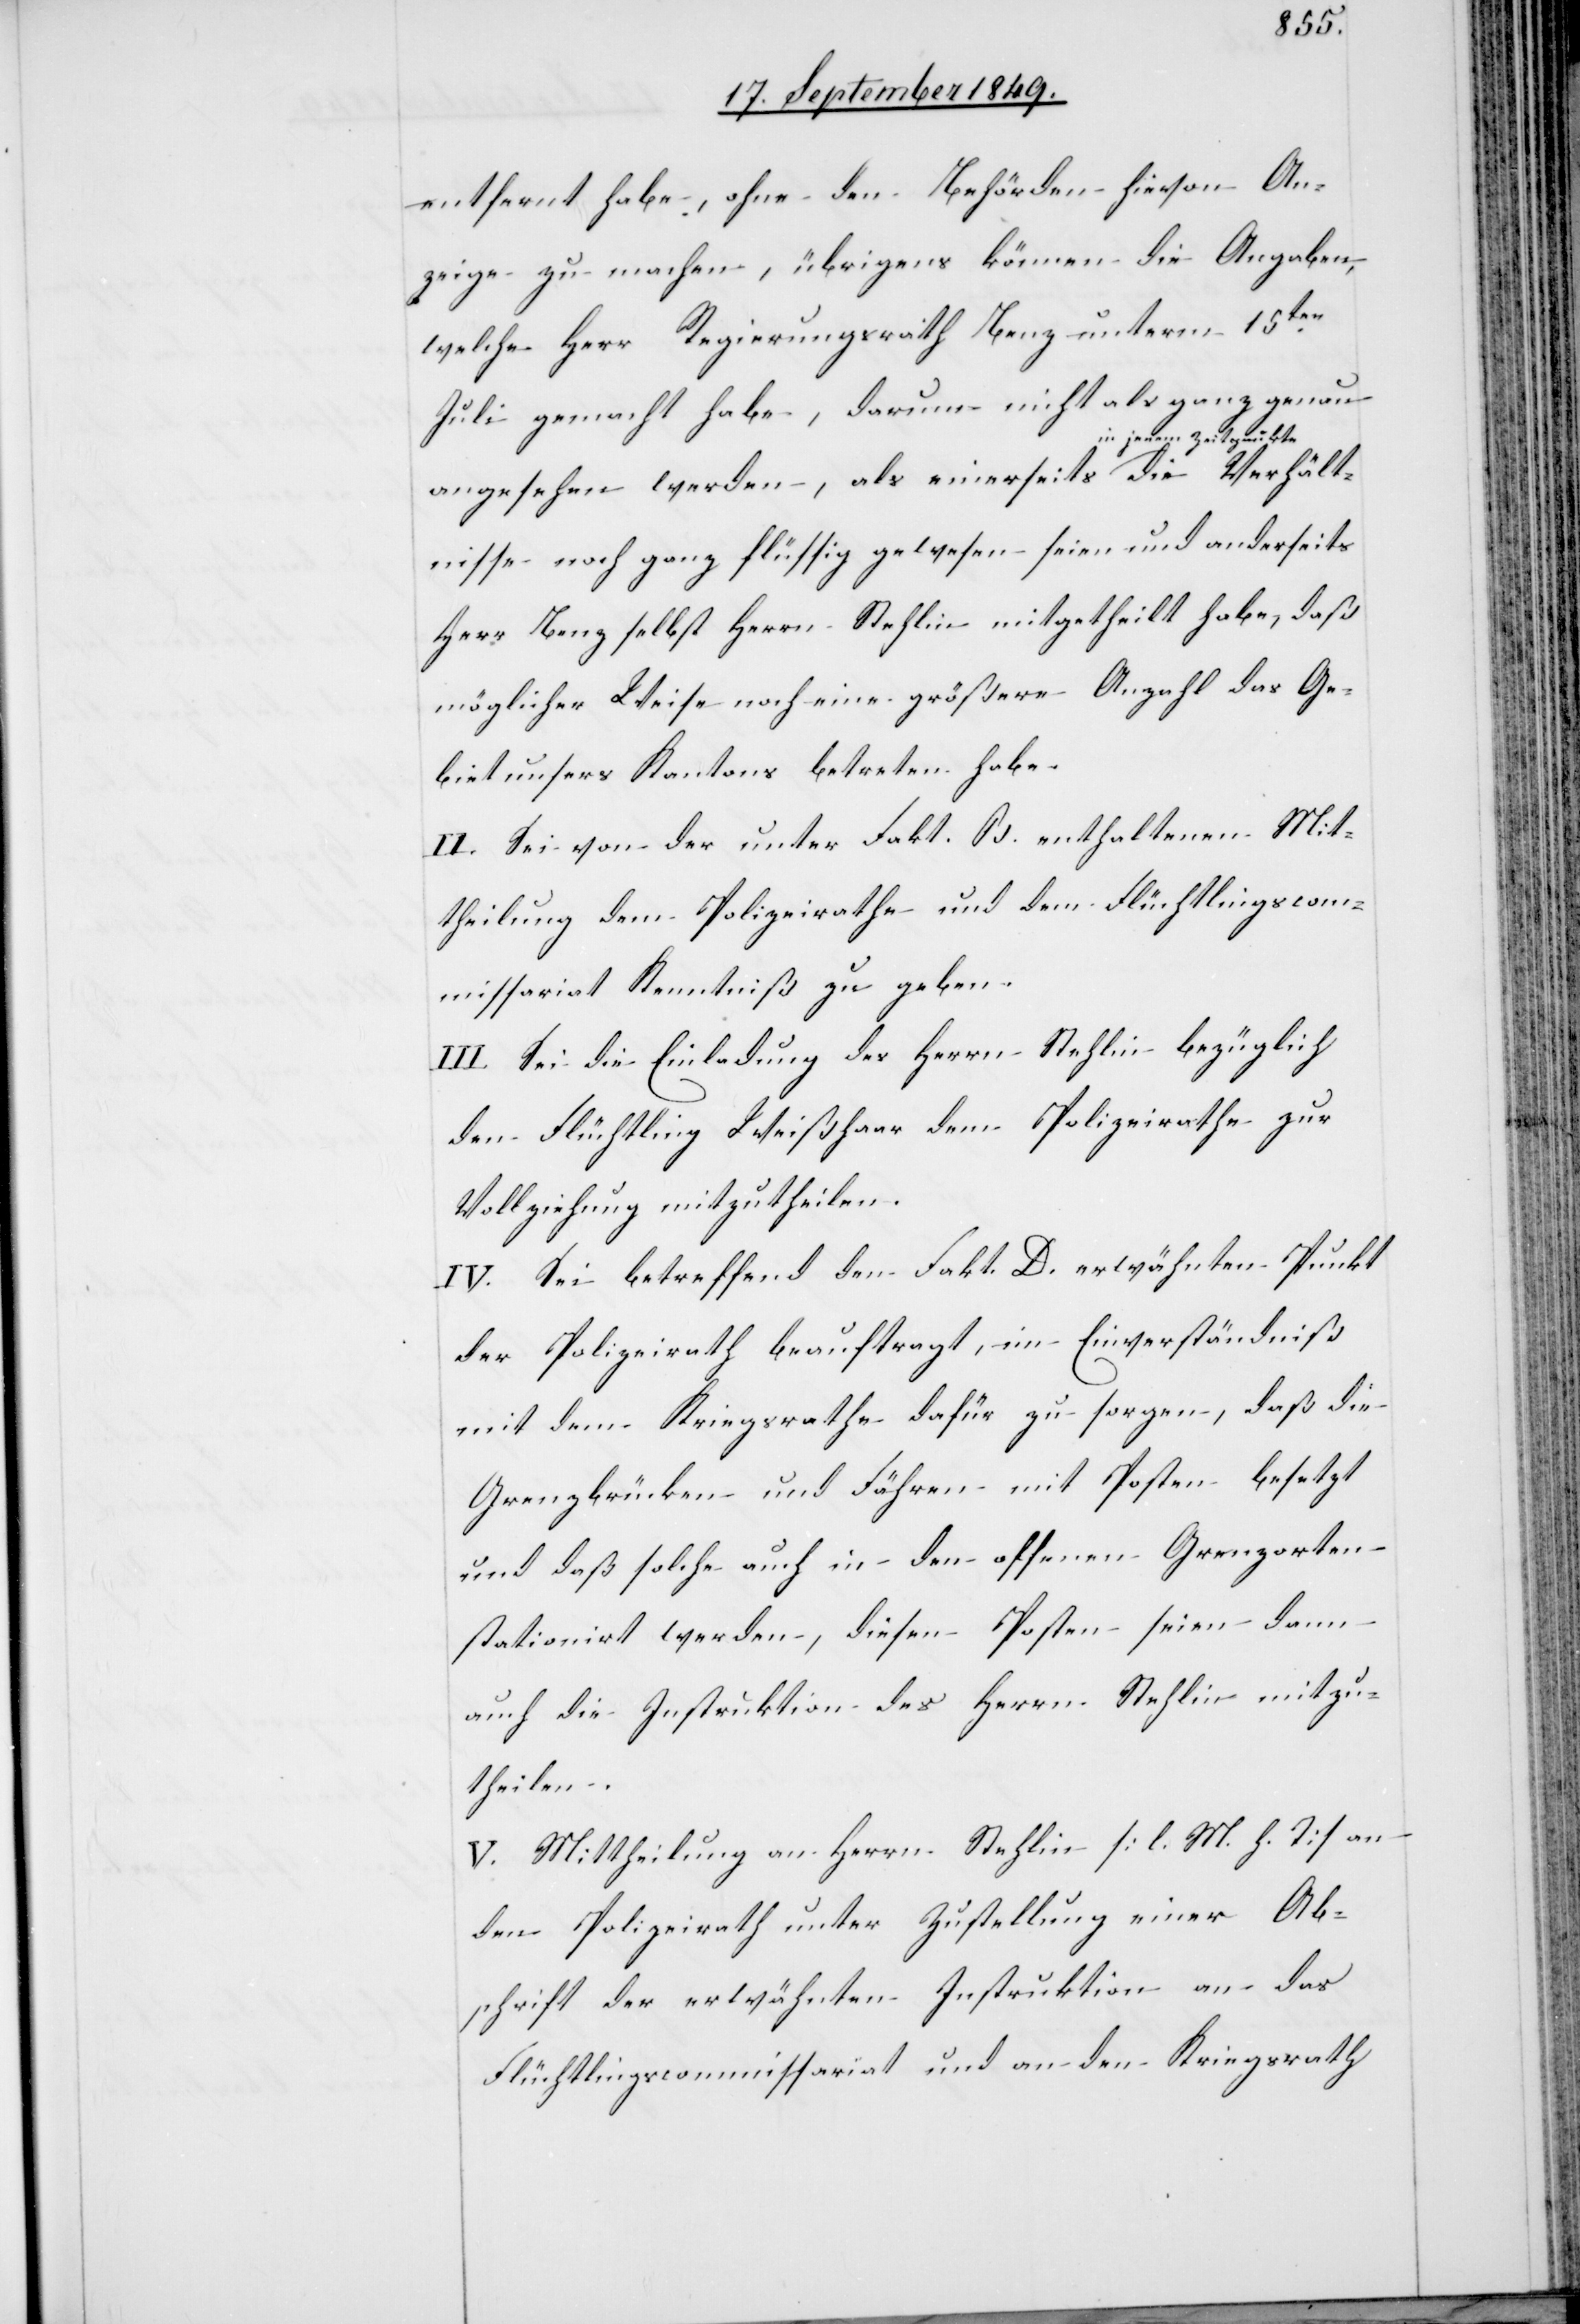
Verhält¬
entfernt habe, ohne den Behörden hievon An¬
zeige zu machen, übrigens können die Angaben
welche Herr Regierungsrath Benz unterm 15ten
Juli gemacht habe, darum nicht als ganz genau
angesehen werden, als einerseits in jenem
nisse noch ganz flüssig gewesen seien und anderseits
Herr Benz selbst Herrn Stehlin mitgetheilt habe, daß
möglicher Weise noch eine größere Anzahl das Ge¬
biet unsers Kantons betreten habe.
II. Sei von der unter Fakt. B. enthaltenen Mit¬
theilung dem Polizeirathe und dem Flüchtlingscom¬
missariat Kenntniß zu geben.
III. Sei der Einladung des Herrn Stehlin bezüglich
den Flüchtling Weißhaar dem Polizeirathe zur
Vollziehung mitzutheilen.
IV. Sei betreffend den Fakt. D. erwähnten Punkt
der Polizeirath beauftragt, im Einverständniß
mit dem Kriegsrathe dafür zu sorgen, daß die
Grenzbrücken und Fähren mit Posten besetzt
und daß solche auch in den offenen Grenzorten
stationirt werden, diesen Posten seien dann
auch die Instruktion des Herrn Stehlin mitzu¬
theilen.
V. Mittheilung an Herrn Stehlin [l. M. h. T] an
den Polizeirath unter Zustellung einer Ab¬
schrift der erwähnten Instruktion an das
Flüchtlingscommissariat und an den Kriegsrath